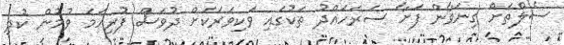
ސެލްތަށް ގިނަވާން ފަށާ ސަރަހައްދު ތަކުގައި ވަކިވަރަކަށް ދުވަސް ފުރިހަމަ ވުމުން ކުދި